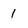
Character: 1